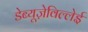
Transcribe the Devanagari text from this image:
डेब्यूज़ेविल्लेई